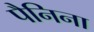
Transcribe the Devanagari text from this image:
पैनिना